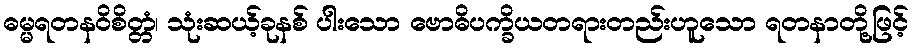
ဓမ္မရတနဝိစိတ္တံ၊ သုံးဆယ့်ခုနစ် ပါးသော ဗောဓိပက္ခိယတရားတည်းဟူသော ရတနာတို့ဖြင့်